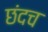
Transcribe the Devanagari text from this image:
छंदच